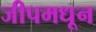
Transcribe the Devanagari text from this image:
जीपमधून